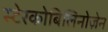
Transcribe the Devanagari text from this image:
स्टेरकोबिलिनोज़ेन